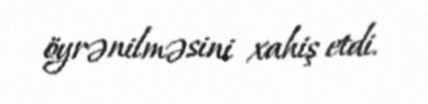
öyrənilməsini xahiş etdi.